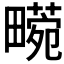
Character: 𤳙